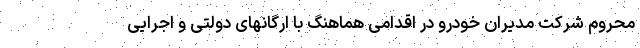
محروم شرکت مدیران خودرو در اقدامی هماهنگ با ارگانهای دولتی و اجرایی